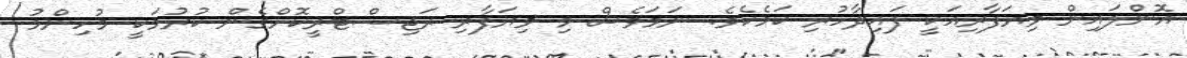
އޮންލައިން ވިޔަފާރިއަކީ ފައިދާހުރި ކަމެކެވެ. ނަމަވެސް މި ވިޔަފާރި ރަޖިސްޓްރީކޮށްގެން ކުރުމަކީ މުހިންމު